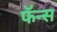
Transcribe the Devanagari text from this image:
फॅन्स